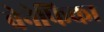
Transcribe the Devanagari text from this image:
बेनेफिका